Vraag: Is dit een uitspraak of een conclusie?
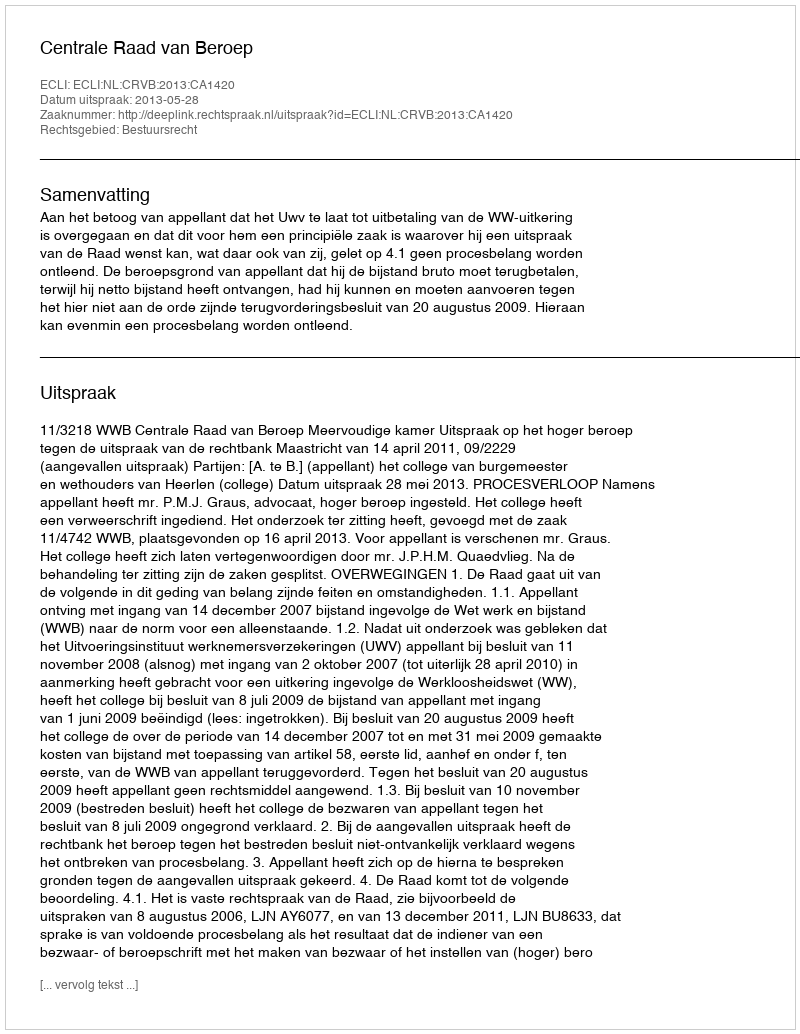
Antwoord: Uitspraak